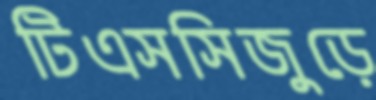
টিএসসিজুড়ে